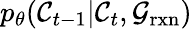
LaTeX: p_{\theta}(\mathcal{C}_{t-1}\vert\mathcal{C}_{t},\mathcal{G}_{\mathrm{rxn}})